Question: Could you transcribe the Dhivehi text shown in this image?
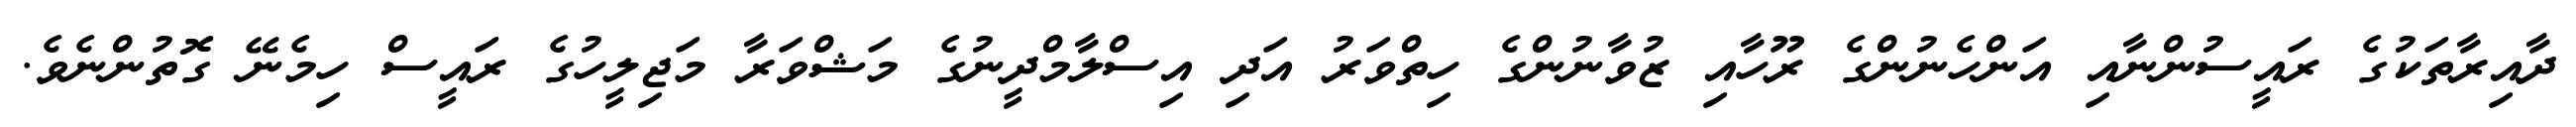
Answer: ދާއިރާތަކުގެ ރައީސުންނާއި އަންހެނުންގެ ރޫހާއި ޒުވާނުންގެ ހިތްވަރު އަދި އިސްލާމްދީނުގެ މަޝްވަރާ މަޖިލީހުގެ ރައީސް ހިމެނޭ ގޮތުންނެވެ.